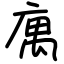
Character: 庽